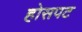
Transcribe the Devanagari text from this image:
होसपट